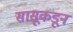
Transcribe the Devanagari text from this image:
सासूकडून